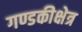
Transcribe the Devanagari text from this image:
गण्डकीक्षेत्र